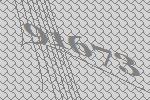
91673